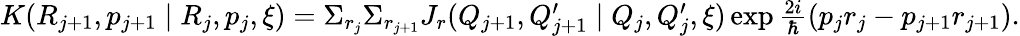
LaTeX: \begin{array}{l}{{K(R_{j+1},p_{j+1}\mid R_{j},p_{j},\xi)=\Sigma_{r_{j}}\Sigma_{r_{j+1}}J_{r}(Q_{j+1},Q_{j+1}^{\prime}\mid Q_{j},Q_{j}^{\prime},\xi)\exp\frac{2i}{\hbar}(p_{j}r_{j}-p_{j+1}r_{j+1}).}}\end{array}